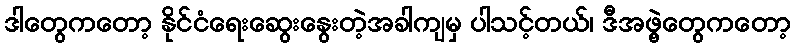
ဒါတွေကတော့ နိုင်ငံရေးဆွေးနွေးတဲ့အခါကျမှ ပါသင့်တယ်၊ ဒီအဖွဲ့တွေကတော့